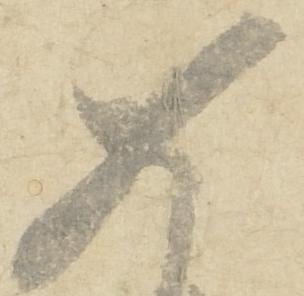
如